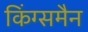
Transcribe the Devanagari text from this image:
किंग्समैन